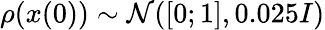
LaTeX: \rho(x(0))\sim\mathcal{N}([0;1],0.025I)